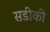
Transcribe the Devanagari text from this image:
सडीकी